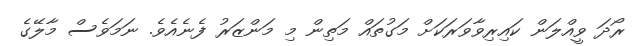
ރޯދަ ވީއްލަން ކައިރިވާވަރަކަށް މަގުތައް މަތިން މި މަންޒަރު ފެނެއެވެ. ނަމަވެސް މާލޭގެ